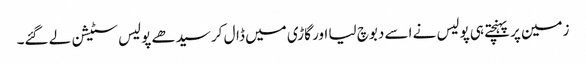
زمین پر پہنچتے ہی پولیس نے اسے دبوچ لیا اور گاڑی میں ڈال کر سیدھے پولیس سٹیشن لے گئے۔